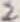
Text: 2